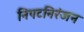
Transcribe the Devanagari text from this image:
निपटनिरंजन